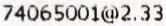
74065001@2.33